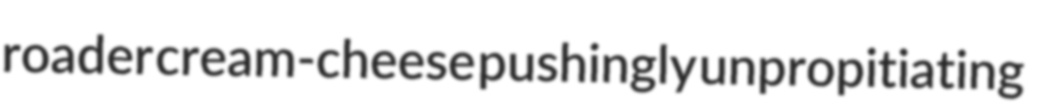
roader cream-cheese pushingly unpropitiating